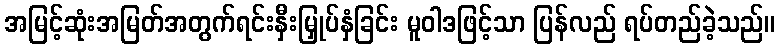
အမြင့်ဆုံးအမြတ်အတွက်ရင်းနှီးမြှုပ်နှံခြင်း မူဝါဒဖြင့်သာ ပြန်လည် ရပ်တည်ခဲ့သည်။